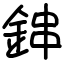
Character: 鋛